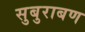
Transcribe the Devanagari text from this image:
सुबुराबण